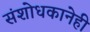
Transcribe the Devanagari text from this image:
संशोधकानेही